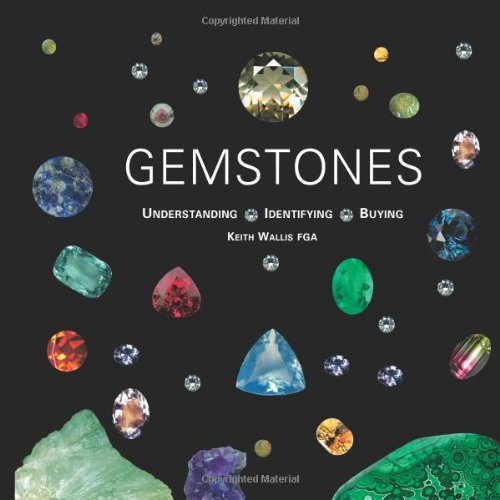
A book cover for Gemstones: Understanding, Identifying, Buying; Keith Wallis; Crafts, Hobbies & Home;